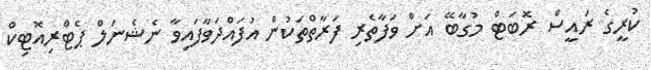
ކުރީގެ ރައީސް ރޮބަޓް މުގާބޭ އަށް ވަފާތެރި ފަރާތްތަކުން އުފައްދަވާފައިވާ ނެޝެނަލް ޕެޓްރިއޮޓިކް